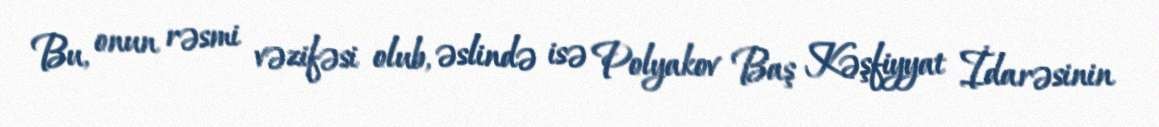
Bu, onun rəsmi vəzifəsi olub, əslində isə Polyakov Baş Kəşfiyyat İdarəsinin